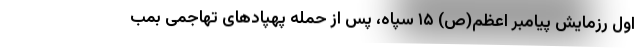
اول رزمایش پیامبر اعظم(ص) ۱۵ سپاه، پس از حمله پهپادهای تهاجمی بمب